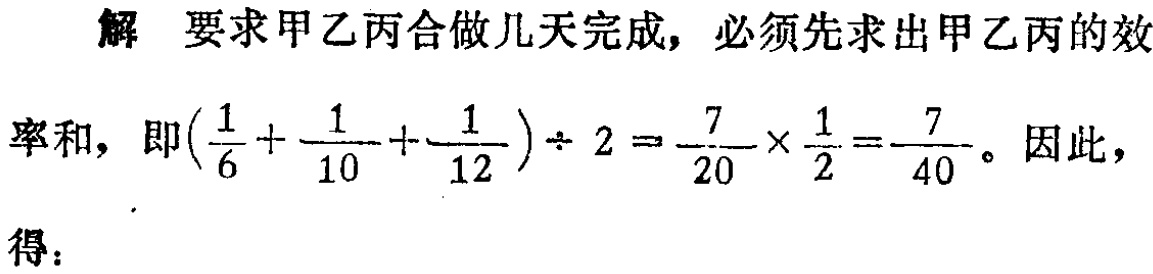
解 要求甲乙丙合做几天完成, 必须先求出甲乙丙的效

率和, 即\((\frac{1}{6}+\frac{1}{10}+\frac{1}{12})\div 2=\frac{7}{20}\times\frac{1}{2}=\frac{7}{40}\)。因此，

得：